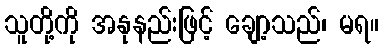
သူတို့ကို အနုနည်းဖြင့် ချော့သည်၊ မရ။